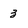
Character: 3